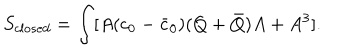
LaTeX: S _ { c l o s e d } = \int [ A ( c _ { 0 } - \bar { c } _ { 0 } ) ( Q + \bar { Q } ) A + A ^ { 3 } ] .